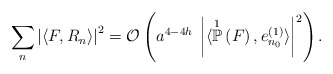
\begin{align*}\sum_{n} \left\vert \langle F , R_{n} \rangle \right\vert^{2} = \mathcal{O}\left( a^{4-4h} \; \left\vert \langle \overset{1}{\mathbb{P}}\left(F \right), e_{n_{0}}^{(1)} \rangle \right\vert^{2} \right). \end{align*}